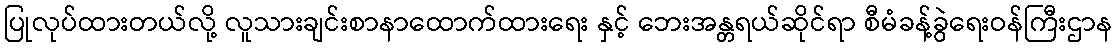
ပြုလုပ်ထားတယ်လို့ လူသားချင်းစာနာထောက်ထားရေး နှင့် ဘေးအန္တရယ်ဆိုင်ရာ စီမံခန့်ခွဲရေးဝန်ကြီးဌာန